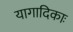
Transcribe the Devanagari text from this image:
यागादिकाः